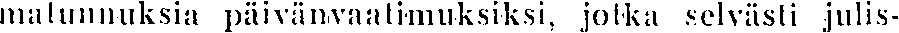
matunnuksia päivänvaatimuksiksi, jotka selvästi julis-